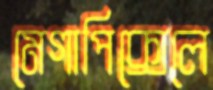
মেগাপিক্সেলে